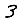
Digit: 3